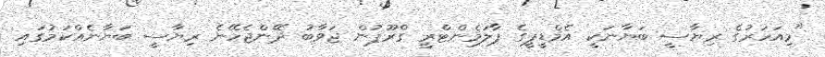
"މިއަހަރުގެ ރިޔާސީ ބަޔާނަކީ އެމްޑީޕީގެ ޕާލަމެންޓްރީ ގްރޫޕުން ޖަވާބު ދޭންޖެހޭނެ ރިޔާސީ ބަޔާނެއްކަމުގައި